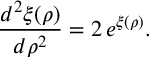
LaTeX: \frac { d ^ { 2 } \xi ( \rho ) } { d \rho ^ { 2 } } = 2 \, e ^ { \xi ( \rho ) } .